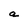
Character: a